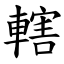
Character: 轄